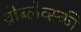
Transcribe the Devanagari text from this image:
व्रोब्लेव्स्की